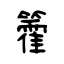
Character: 籗